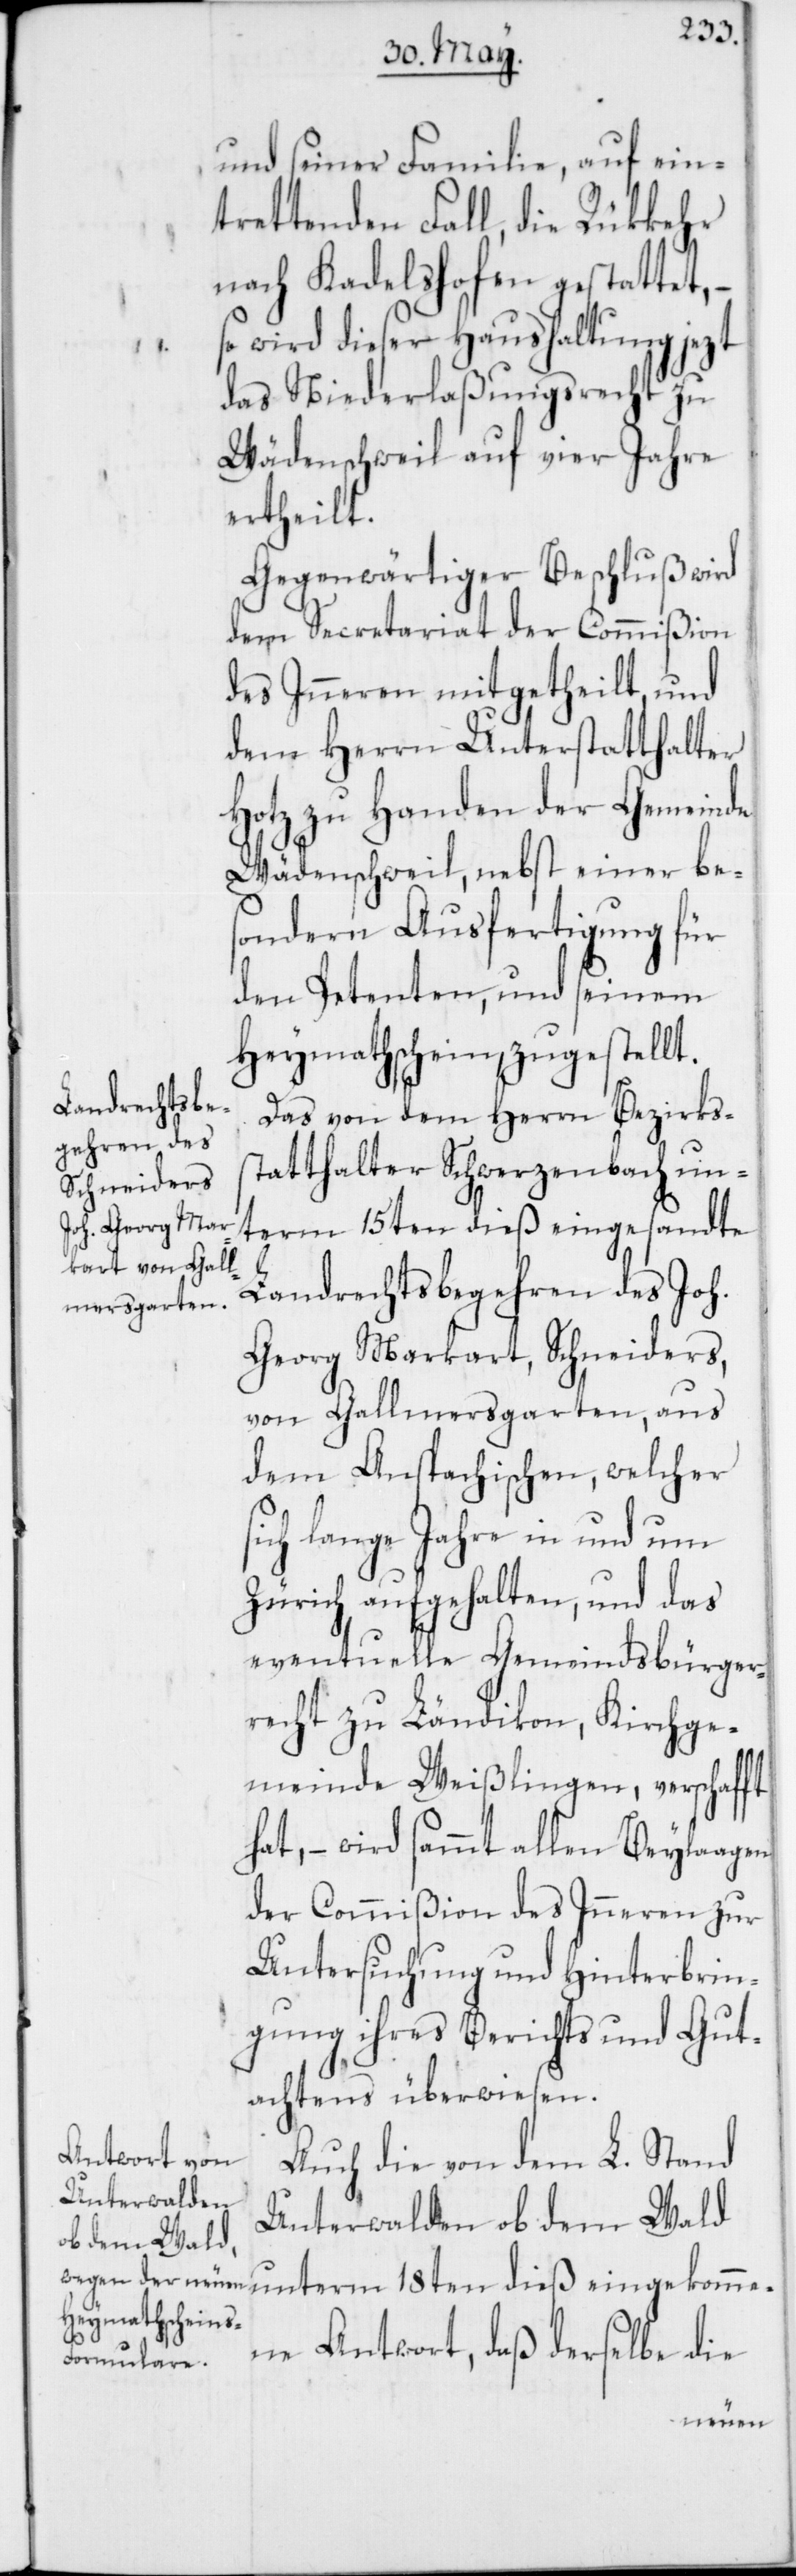
und seiner Familie, auf ein¬
trettenden Fall die Rückkehr
nach Kadelshofen gestattet,
so wird dieser Haushaltung jezt
das Niederlaßungsrecht zu
Wädenschweil auf vier Jahre
ertheilt.
Gegenwärtiger Beschluß wird
dem Secretariat der Commißion
des Inneren mitgetheilt, und
dem Herrn Unterstatthalter
Hotz zu Handen der Gemeinde
Wädenschweil, nebst einer bes¬
ondern Ausfertigung für
den Petenten, und seinem
Heymathschein, zugestellt.
Das von dem Herrn Bezirkss¬
tatthalter Schwerzenbach un¬
term 15ten dieß eingesandte
Landrechtsbegehren des Joh.
Georg Markart, Schneiders,
von Gallmersgarten, aus
dem Anspachischen, welcher
sich lange Jahre in und um
Zürich aufgehalten, und das
eventuelle Gemeindsbürger¬
recht zu Ländikon, Kirchge¬
meinde Weißlingen, verschafft
hat, – wird sammt allen Beylaagen
der Commißion des Inneren zur
Untersuchung und Hinterbrin¬
gung ihres Berichts und Gut¬
achtens überwiesen.
Auch die von dem L. Stand
Unterwalden ob dem Wald
unterm 18ten dieß eingekomme¬
ne Antwort, daß derselbe die